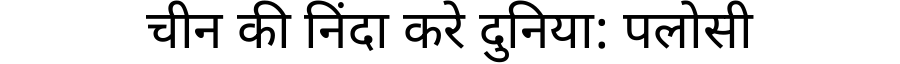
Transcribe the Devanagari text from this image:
चीन की निंदा करे दुनिया: पलोसी